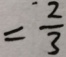
= \frac { 2 } { 3 }